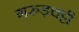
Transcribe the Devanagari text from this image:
गरुड़चट्टी